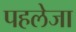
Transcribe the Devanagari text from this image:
पहलेजा